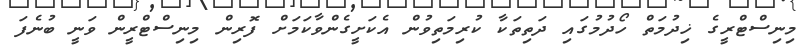
މިނިސްޓްރީގެ ޚިދުމަތް ހޯދުމުގައި ދަތިތަކާ ކުރިމަތިވުން އެކަށީގެންވާކަމަށް ފޮރިން މިނިސްޓްރީން ވަނީ ބުނެފަ